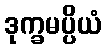
ဒုက္ခမပ္ပိယံ